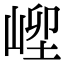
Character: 𡹥